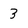
Character: 3